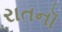
રાતનૉ